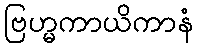
ဗြဟ္မကာယိကာနံ